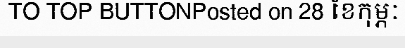
TO TOP BUTTONPosted on 28 ខែកុម្ភៈ